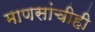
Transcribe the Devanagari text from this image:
माणसांचीही